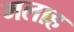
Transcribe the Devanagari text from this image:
मलाह